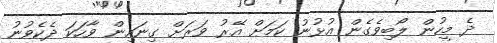
ދެ މީހުން ލޯބިވެގެން އުޅުނު ކަމަށް އޭރު ވަރަށް ގިނައިން ވާހަކަ ދެކެވުނު